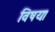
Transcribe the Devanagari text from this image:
विषयः।